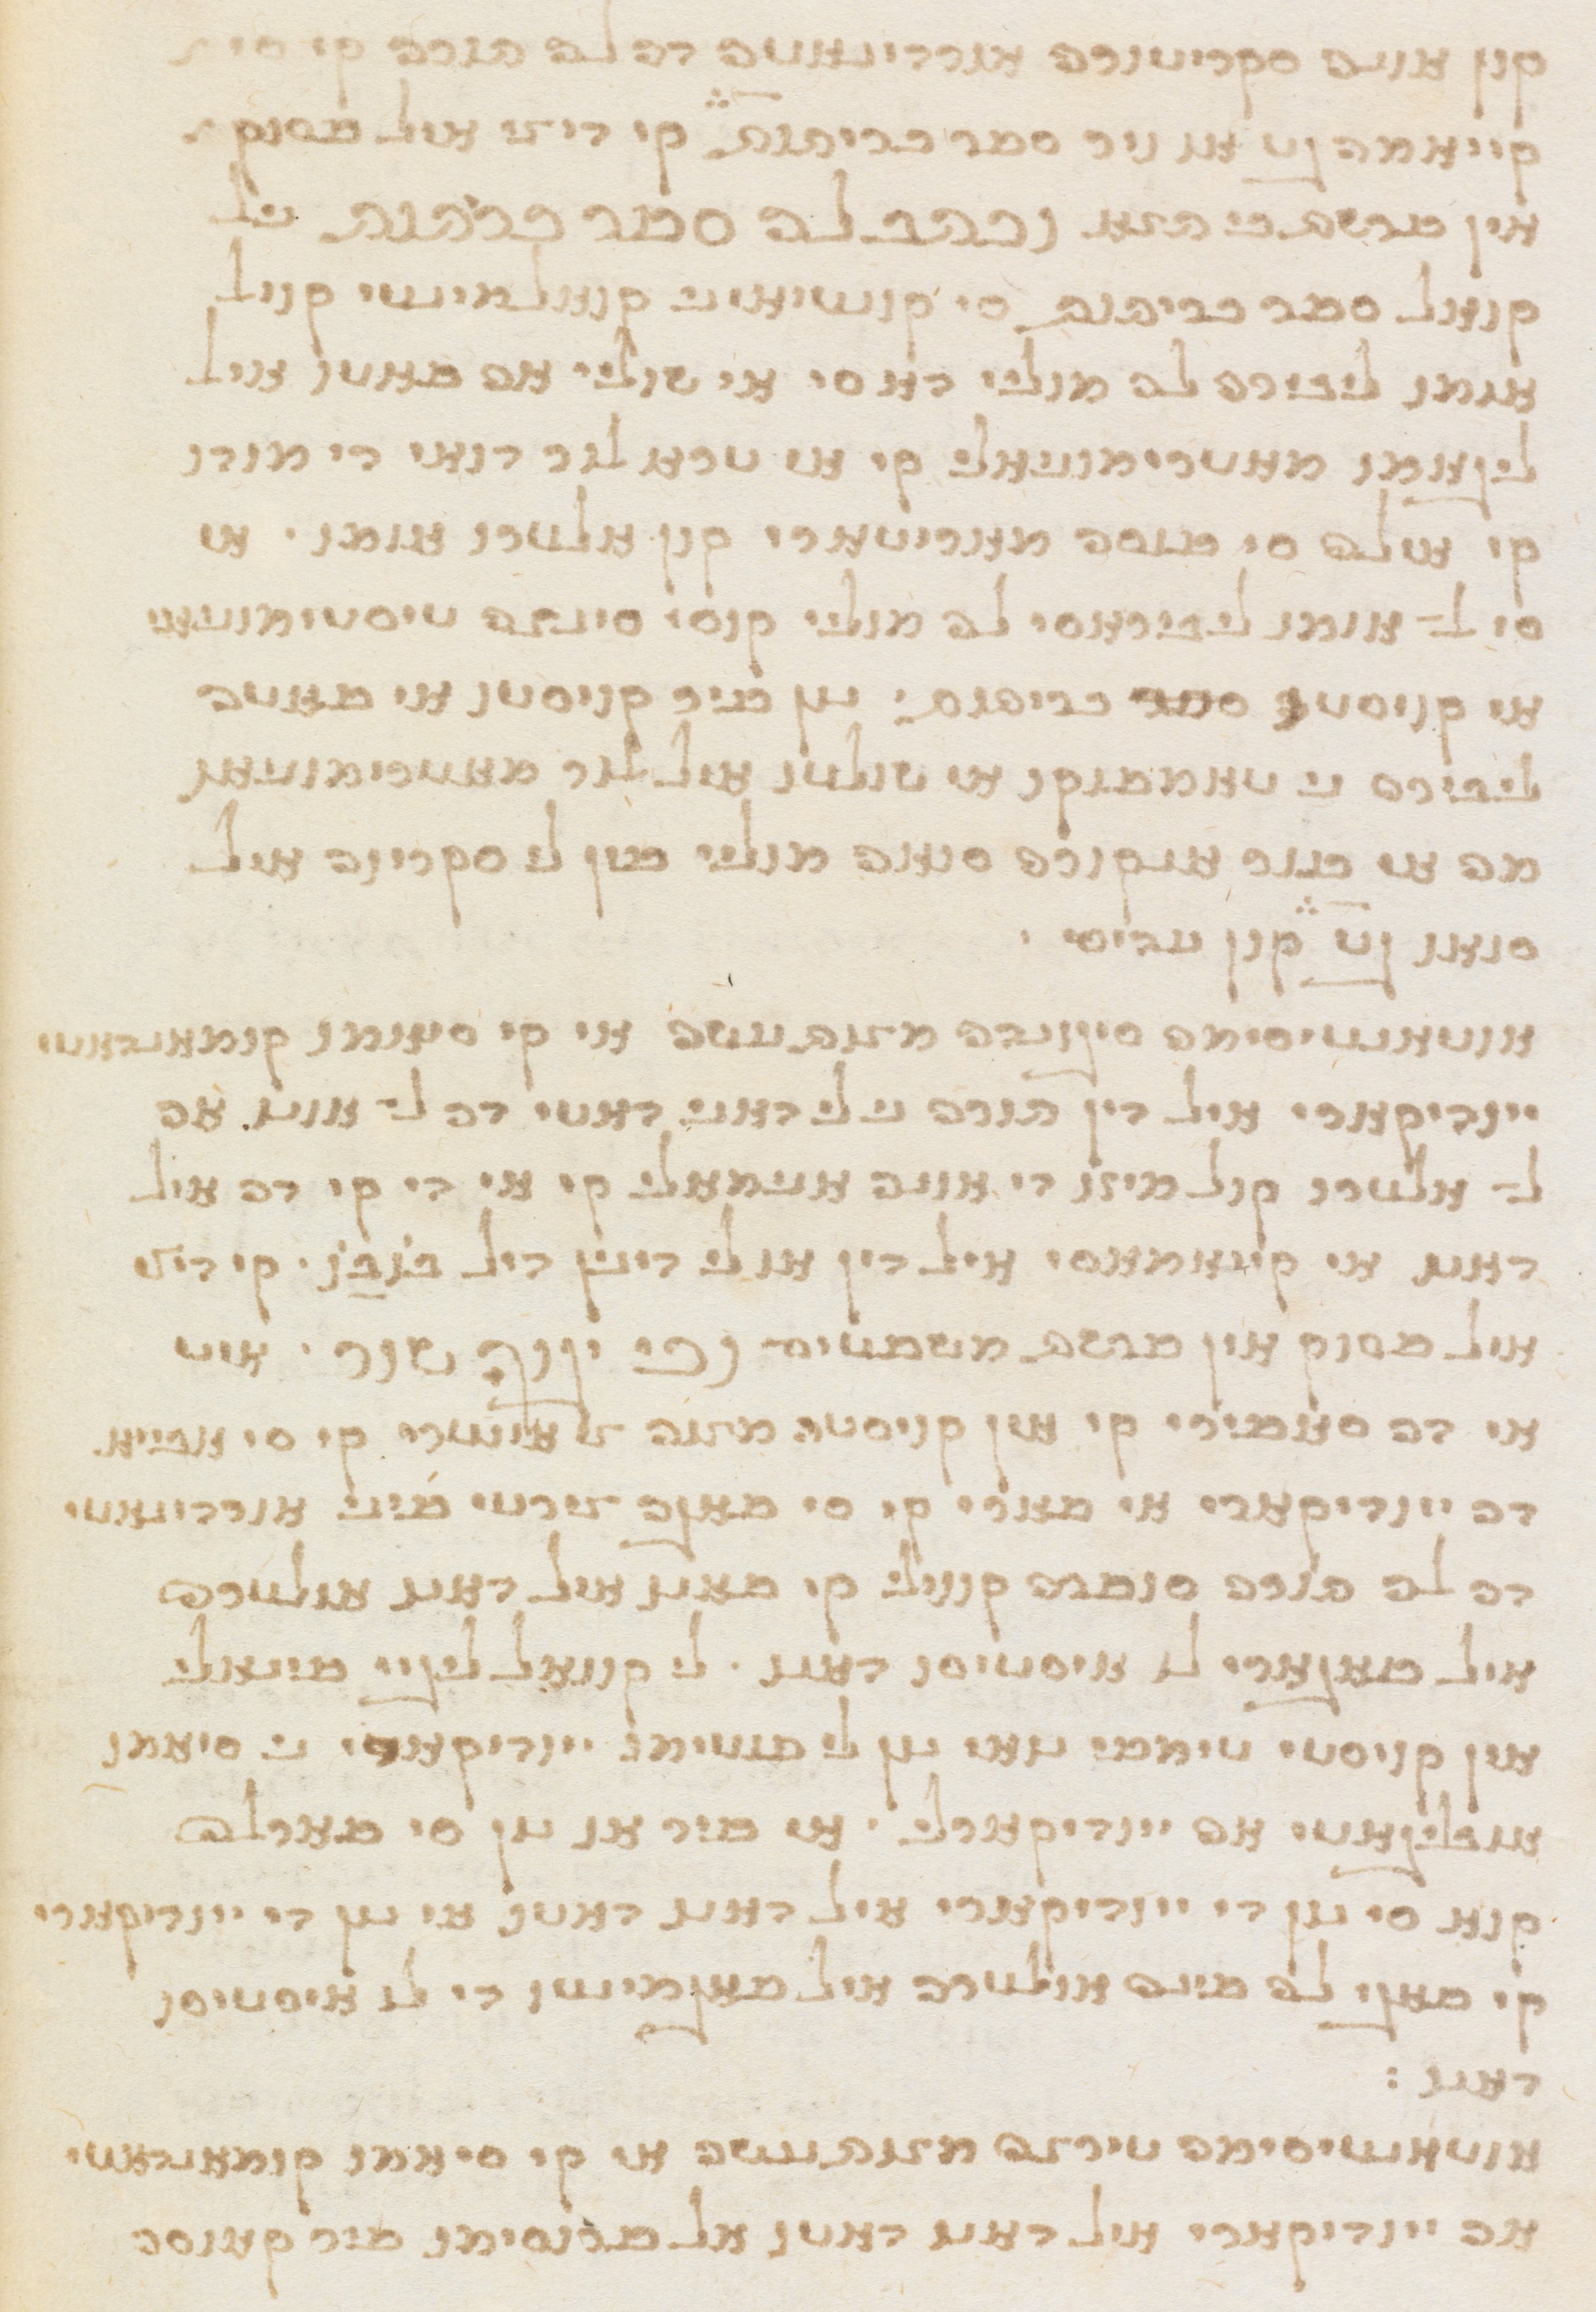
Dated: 1565–1599